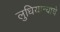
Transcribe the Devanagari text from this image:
लुधियान्याचे